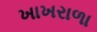
ખાખરાળા